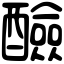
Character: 醶